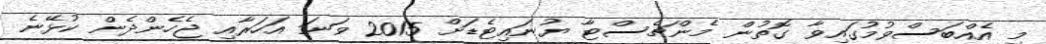
މި އެއްބަސްވުމުގައިވާ ގޮތުން މެންޗެސްޓާ ޔުނައިޓެޑަށް 2015 ވަނަ އަހަރާއި ޖެހެންދެން ކުޅޭނެ